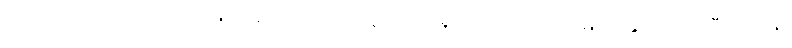
ရဲမက်တော်တွေအပြင် မြေပိုင်ရှင်ကလေးတွေကိုပါ ရွေးကောက်တင်မြှောက်ခွင့် ရလာပြီး ၁၂၉၅